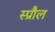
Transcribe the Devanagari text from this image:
स्प्रौल